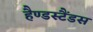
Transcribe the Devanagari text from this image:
हैण्डस्टैंडस